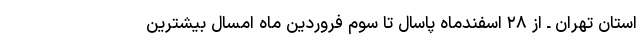
استان تهران ـ از ۲۸ اسفندماه پاسال تا سوم فروردین ماه امسال بیشترین